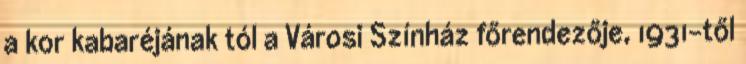
a kor kabaréjának tól a Városi Színház főrendezője, 1931-től